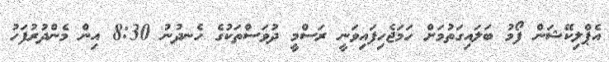
އެޕްލިކޭޝަން ފޯމު ބަލައިގަތުމަށް ހަމަޖެހިފައިވަނީ ރަސްމީ ދުވަސްތަކުގެ ހެނދުނު 8:30 އިން މެެންދުރުފަހު